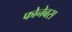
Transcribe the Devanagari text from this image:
फोनेबस